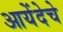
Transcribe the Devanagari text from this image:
आयेंदेचे